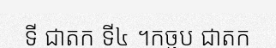
ទី ជាតក ទី៤ ។កច្ឆប ជាតក